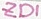
Text: ZD1